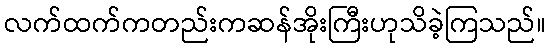
လက်ထက်ကတည်းကဆန်အိုးကြီးဟုသိခဲ့ကြသည်။